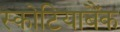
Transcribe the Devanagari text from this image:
स्कोटियाबैंक